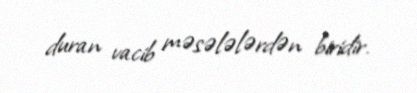
duran vacib məsələlərdən biridir.